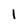
Character: I